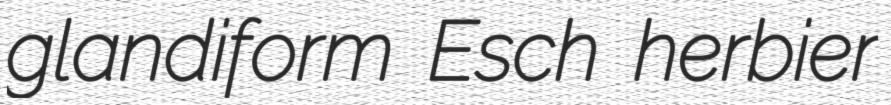
glandiform Esch herbier